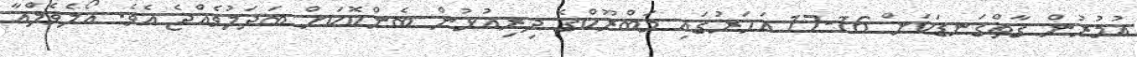
އުމުރުން ގާތްގަނޑަކަށް 16-17 އަހަރުގައި މަބްރޫކްގެ ދިރިއުޅުން ބެންކޮކަށް ބަދަލުވެއްޖެ އެވެ. އޯލެވެލްއާ